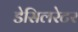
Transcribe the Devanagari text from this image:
डेसिलरेटर